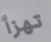
تهزأ